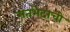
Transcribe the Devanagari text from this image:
मतभेदाची